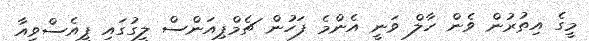
މީގެ އިތުރުން ވެން ހާލް ވަނީ އެންމެ ފަހުން ޗެމްޕިއަންސް ލީގުގައި ޕީއެސްވީއާ